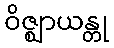
ဝိဇ္ဈာယန္တု